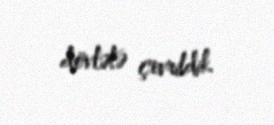
dövlətə çevrildik.